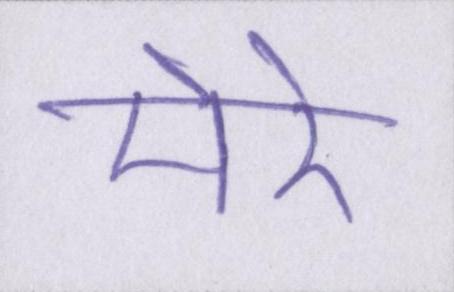
मेरे